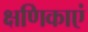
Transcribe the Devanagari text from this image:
क्षणिकाएं